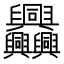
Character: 𦧅